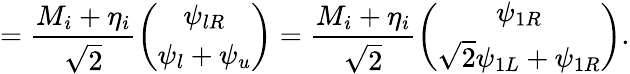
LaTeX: =\frac{M_{i}+\eta_{i}}{\sqrt{2}}\left(\begin{array}{c}{{\psi_{lR}}}\\ {{\psi_{l}+\psi_{u}}}\end{array}\right)=\frac{M_{i}+\eta_{i}}{\sqrt{2}}\left(\begin{array}{c}{{\psi_{1R}}}\\ {{\sqrt{2}\psi_{1L}+\psi_{1R}}}\end{array}\right).